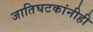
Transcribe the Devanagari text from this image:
जातिघटकांनीही